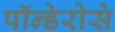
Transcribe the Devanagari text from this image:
पॉन्डेरोसे